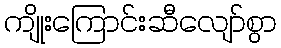
ကျိုးကြောင်းဆီလျော်စွာ